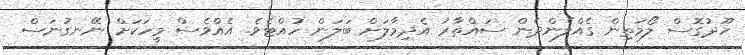
ހޫދުގޮސް ލޯމަތިން ގެއްލެންދެން ސައްތާރު އެދިމާލަށް ބަލަން ހުއްޓެވެ. އެއްވެސް މީހަކަށް ނޭނގުނަސް